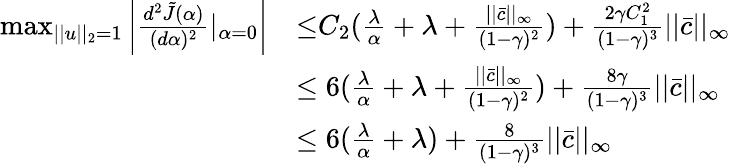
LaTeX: \begin{array}{rl}{\operatorname*{max}_{||u||_{2}=1}\left|\frac{d^{2}\tilde{J}(\alpha)}{(d\alpha)^{2}}|_{\alpha=0}\right|}&{{\le}C_{2}(\frac{\lambda}{\alpha}+\lambda+\frac{||\bar{c}||_{\infty}}{(1-\gamma)^{2}})+\frac{2\gamma C_{1}^{2}}{(1-\gamma)^{3}}||\bar{c}||_{\infty}}\\ &{\le 6(\frac{\lambda}{\alpha}+\lambda+\frac{||\bar{c}||_{\infty}}{(1-\gamma)^{2}})+\frac{8\gamma}{(1-\gamma)^{3}}||\bar{c}||_{\infty}}\\ &{\le 6(\frac{\lambda}{\alpha}+\lambda)+\frac{8}{(1-\gamma)^{3}}||\bar{c}||_{\infty}}\end{array}